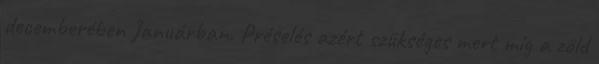
decemberében Januárban. Préselés azért szükséges mert míg a zöld